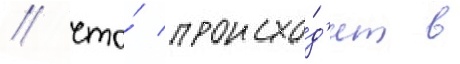
/ что́ происхо́д'ит в